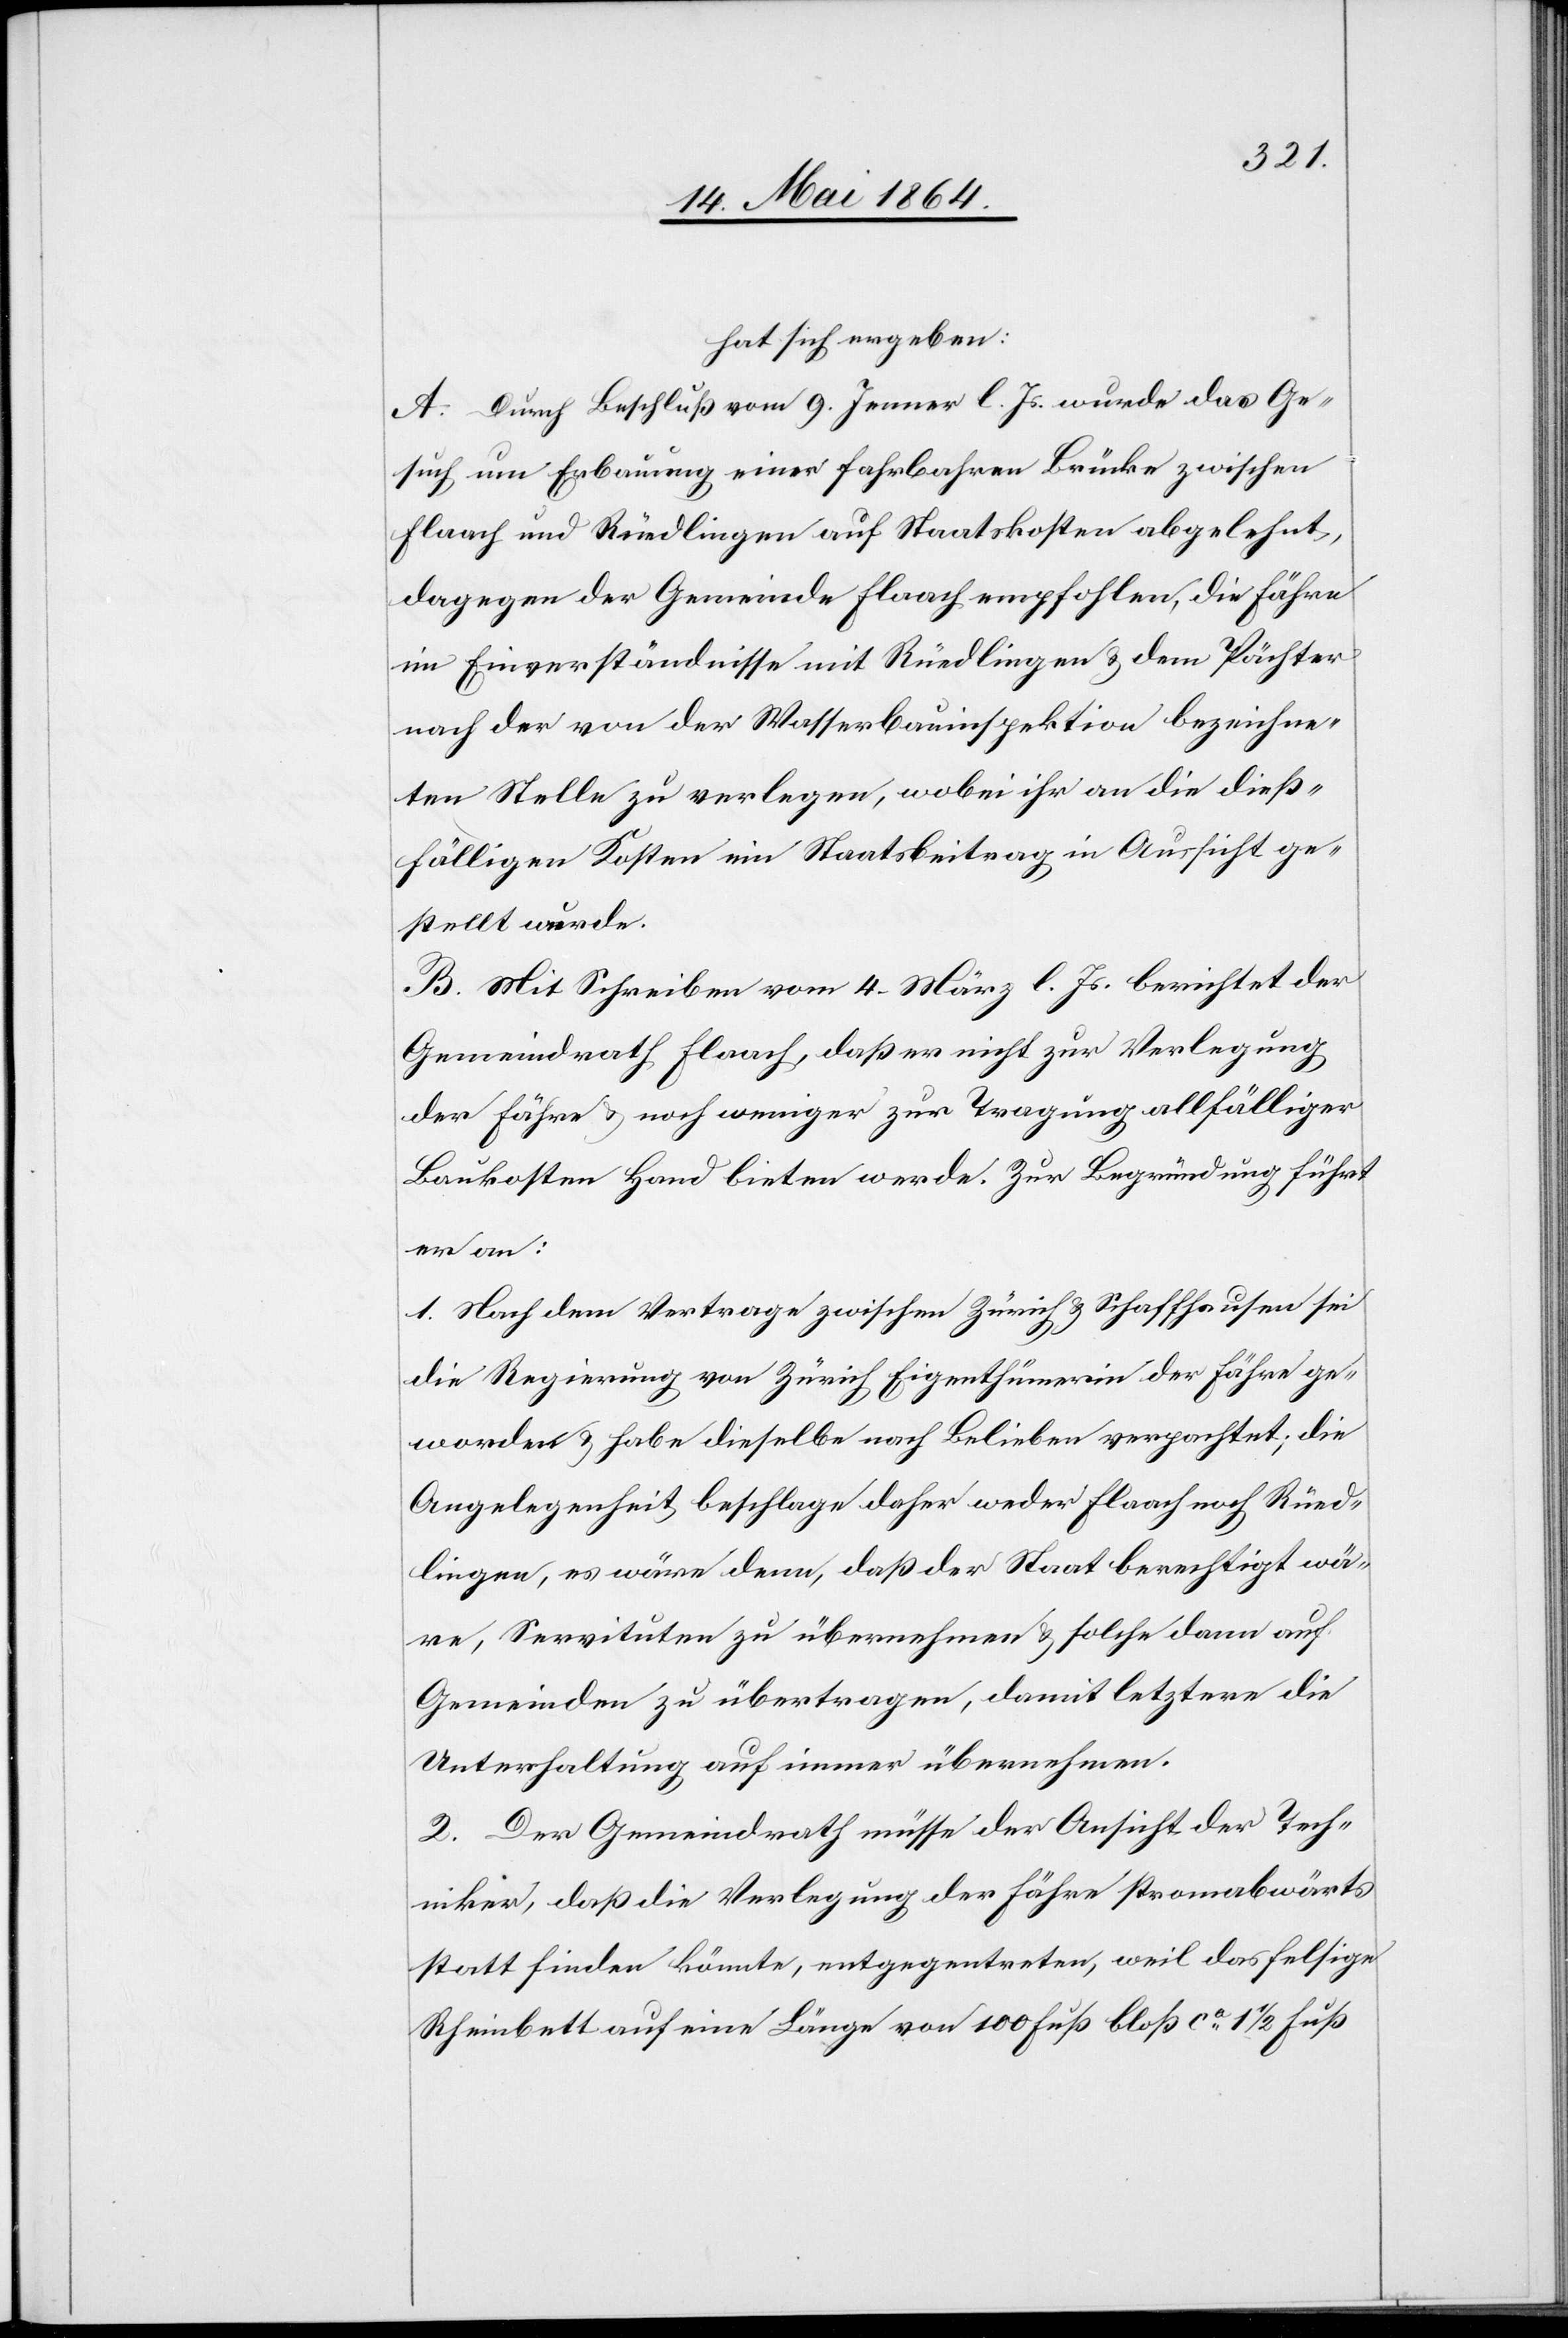
hat sich ergeben:
A. Durch Beschluß vom 9. Jenner l. Js. wurde das Ge¬
such um Erbauung einer fahrbaren Brücke zwischen
Flaach und Rüedlingen auf Staatskosten abgelehnt,
dagegen der Gemeinde Flaach empfohlen, die Fähre
im Einverständnisse mit Rüedlingen u. dem Pächter
nach der von der Wasserbauinspektion bezeichne¬
ten Stelle zu verlegen, wobei ihr an die dieß¬
fälligen Kosten ein Staatsbeitrag in Aussicht ge¬
stellt wurde.
B. Mit Schreiben vom 4. März l. Js. berichtet der
Gemeindrath Flaach, daß er nicht zur Verlegung
der Fähre u. noch weniger zur Tragung allfälliger
Baukosten Hand bieten werde. Zur Begründung führt
er an:
1. Nach dem Vertrage zwischen Zürich u. Schaffhausen sei
die Regierung von Zürich Eigenthümerin der Fähre ge¬
worden u. habe dieselbe nach Belieben verpachtet; die
Angelegenheit beschlage daher weder Flaach noch Rüed¬
lingen, es wäre denn, daß der Staat berechtigt wä¬
re, Servituten zu übernehmen u. solche dann auf
Gemeinden zu übertragen, damit letztere die
Unterhaltung auf immer übernehmen.
2. Der Gemeindrath müsse der Ansicht der Tech¬
niker, daß die Verlegung der Fähre stromabwärts
statt finden könnte, entgegentreten, weil das felsige
Rheinbett auf eine Länge von 100 Fuß bloß ca 1 1/2 Fuß